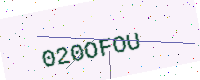
Text: 020OFOU